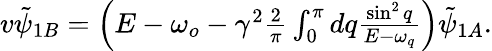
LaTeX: \begin{array}{r}{v\tilde{\psi}_{1B}=\Big(E-\omega_{o}-\gamma^{2}\frac{2}{\pi}\int_{0}^{\pi}dq\frac{\sin^{2}{q}}{E-\omega_{q}}\Big)\tilde{\psi}_{1A}.}\end{array}